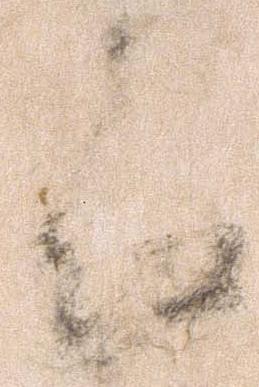
殿